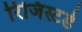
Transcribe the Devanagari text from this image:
रिजिस्टर्ड